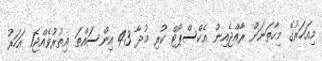
މިއަހަރުގެ މިހާތަނަށް ރާއްޖެއިން އެކްސްޕޯޓް ކުރި މުދާ 43 އިންސައްތަ އިތުރުވެއްޖެ1 އަހަރު